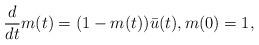
LaTeX: \begin{align*}\frac d{dt}m(t)=(1-m(t))\bar u (t), m(0)=1,\end{align*}